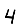
Digit: 4